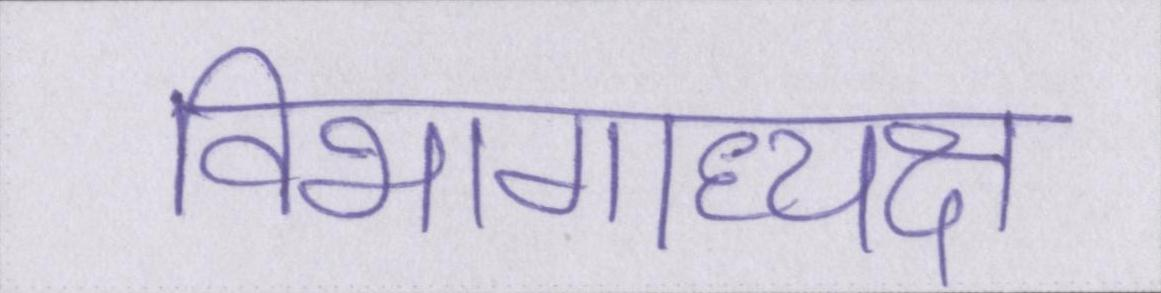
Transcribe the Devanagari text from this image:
विभागाध्यक्ष